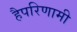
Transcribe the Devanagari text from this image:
हैपरिणामी